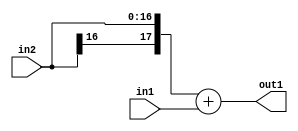
`timescale 1ps / 1ps
/*****************************************************************************
    Verilog RTL Description
    
    
    Created by: Stratus DpOpt 2019.1.01 
*******************************************************************************/

module st_weight_addr_gen_Add_17Sx9U_18S_4_10 (
	in2,
	in1,
	out1
	); /* architecture "behavioural" */ 
input [16:0] in2;
input [8:0] in1;
output [17:0] out1;
wire [17:0] asc001;

assign asc001 = 
	+({in2[16], in2})
	+(in1);

assign out1 = asc001;
endmodule

/* CADENCE  ubTxQwA= : u9/ySgnWtBlWxVPRXgAZ4Og= ** DO NOT EDIT THIS LINE ******/